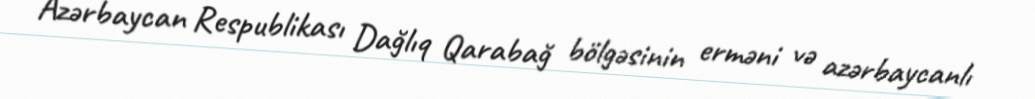
Azərbaycan Respublikası Dağlıq Qarabağ bölgəsinin erməni və azərbaycanlı